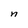
Character: n